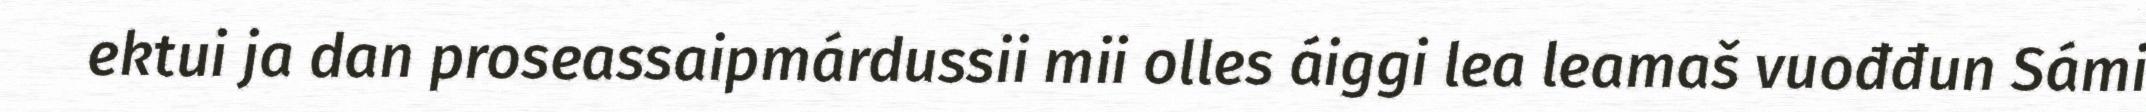
ektui ja dan proseassaipmárdussii mii olles áiggi lea leamaš vuođđun Sámi